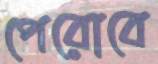
পেরোবে